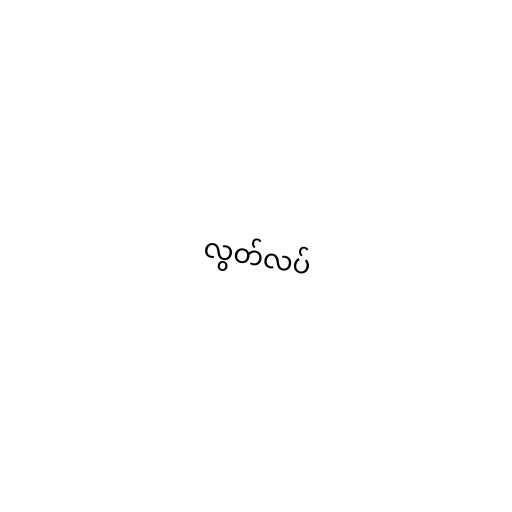
လွတ်လပ်